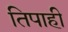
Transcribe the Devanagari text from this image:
तिपाही